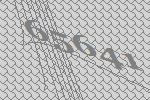
65641